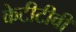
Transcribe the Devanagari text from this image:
केटीटीवी